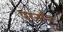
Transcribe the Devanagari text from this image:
परनॉन